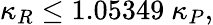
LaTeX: \kappa_{R}\leq 1.05349~\kappa_{P},